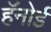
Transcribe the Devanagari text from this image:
हॅनोई